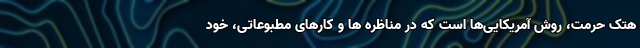
هتک حرمت، روش آمریکایی‌ها است که در مناظره ها و کارهای مطبوعاتی، خود